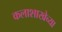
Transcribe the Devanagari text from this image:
कलाशाखेच्या